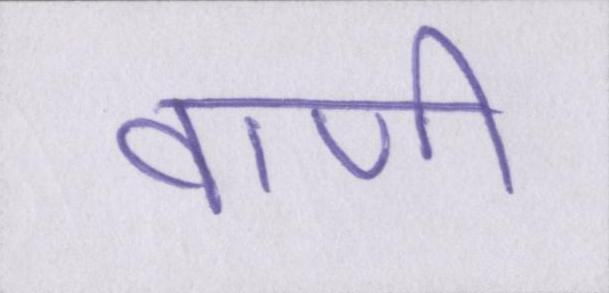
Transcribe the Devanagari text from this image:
वाणी